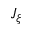
J _ { \xi }